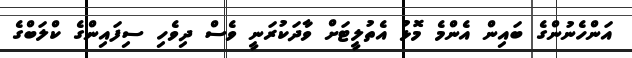
އަންހެނުންގެ ބައިން އެންމެ މޮޅު އެތުލީޓަށް ވާދަކުރަނީ ވެސް ދިވެހި ސިފައިންގެ ކްލަބްގެ